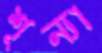
শূন্যা